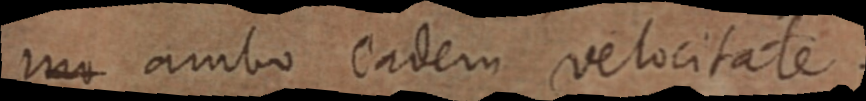
mo ambo eadem velocitate.